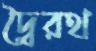
দ্বৈরথ